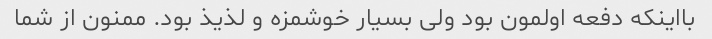
بااینکه دفعه اولمون بود ولی بسیار خوشمزه و لذیذ بود. ممنون از شما